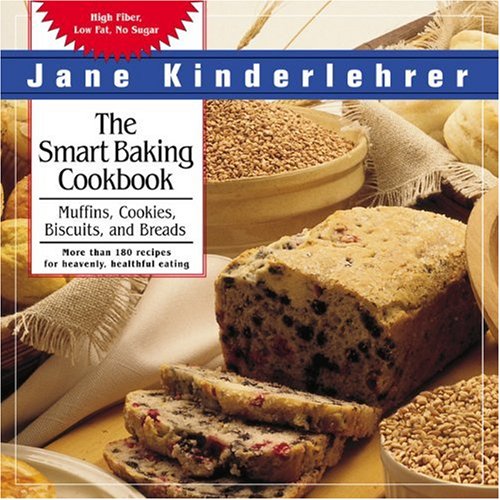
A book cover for The Smart Baking Cookbook: Muffins, Cookies, Biscuits, and Breads (Newmarket Jane Kinderlehrer Smart Food Series); Jane Kinderlehrer; Health, Fitness & Dieting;